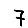
Digit: 7